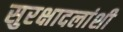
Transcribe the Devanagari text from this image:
सुरक्षादलांशी